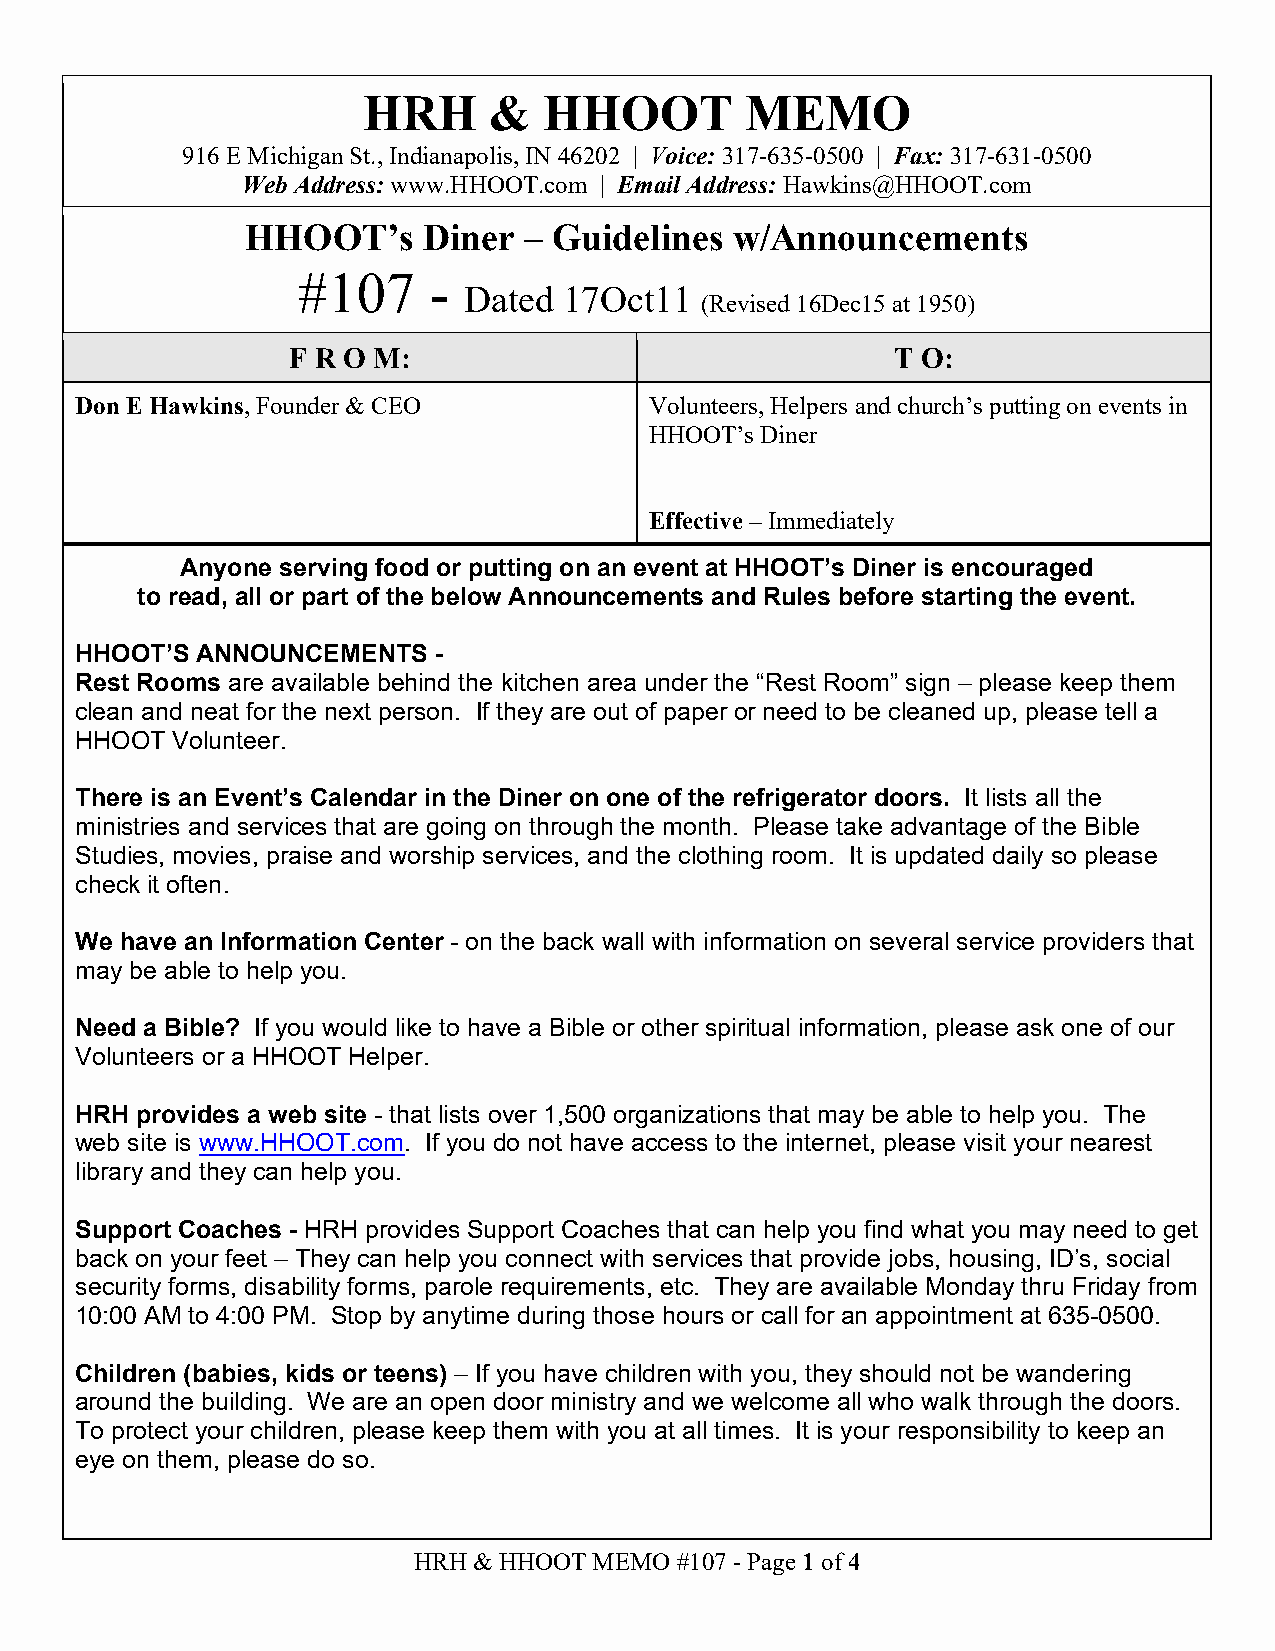
HRH     &   HHOOT        MEMO
 916 E Michigan St., Indianapolis, IN 46202 | Voice: 317-635-0500 | Fax: 317-631-0500
 Web Address: www.HHOOT.com | Email Address: Hawkins@HHOOT.com
 HHOOT’s     Diner  – Guidelines w/Announcements
 #107    -
 Dated 17Oct11
 (Revised 16Dec15 at 1950)
 F R O M:                                T O:
 Don E Hawkins, Founder & CEO          Volunteers, Helpers and church’s putting on events in
 HHOOT’s Diner
 Effective – Immediately
 Anyone serving food or putting on an event at HHOOT’s Diner is encouraged
 to read, all or part of the below Announcements and Rules before starting the event.
 HHOOT’S ANNOUNCEMENTS   -
 Rest Rooms are available behind the kitchen area under the “Rest Room” sign – please keep them
 clean and neat for the next person. If they are out of paper or need to be cleaned up, please tell a
 HHOOT Volunteer.
 There is an Event’s Calendar in the Diner on one of the refrigerator doors. It lists all the
 ministries and services that are going on through the month. Please take advantage of the Bible
 Studies, movies, praise and worship services, and the clothing room. It is updated daily so please
 check it often.
 We have an Information Center - on the back wall with information on several service providers that
 may be able to help you.
 Need a Bible? If you would like to have a Bible or other spiritual information, please ask one of our
 Volunteers or a HHOOT Helper.
 HRH provides a web site - that lists over 1,500 organizations that may be able to help you. The
 web site is www.HHOOT.com. If you do not have access to the internet, please visit your nearest
 library and they can help you.
 Support Coaches - HRH provides Support Coaches that can help you find what you may need to get
 back on your feet – They can help you connect with services that provide jobs, housing, ID’s, social
 security forms, disability forms, parole requirements, etc. They are available Monday thru Friday from
 10:00 AM to 4:00 PM. Stop by anytime during those hours or call for an appointment at 635-0500.
 Children (babies, kids or teens) – If you have children with you, they should not be wandering
 around the building. We are an open door ministry and we welcome all who walk through the doors.
 To protect your children, please keep them with you at all times. It is your responsibility to keep an
 eye on them, please do so.
 HRH & HHOOT MEMO  #107 - Page 1 of 4